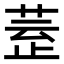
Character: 𣦀